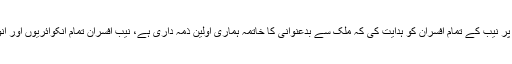
چیئرمین نیب جسٹس جاوید اقبال نے اجلاس کے اختتام پذیر پر نیب کے تمام افسران کو ہدایت کی کہ ملک سے بدعنوانی کا خاتمہ ہماری اولین ذمہ داری ہے، نیب افسران تمام انکوائریوں اور انویسٹی گیشن کو قانون کے مطابق منطقی انجام تک پہنچائیں۔